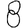
Digit: 8